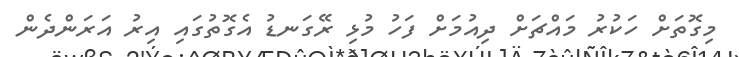
މިގޮތަށް ހަކުރު މައްޗަށް ދިއުމަށް ފަހު މުޅި ރޭގަނޑު އެގޮތުގައި އިރު އަރަންދެން